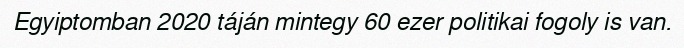
Egyiptomban 2020 táján mintegy 60 ezer politikai fogoly is van.